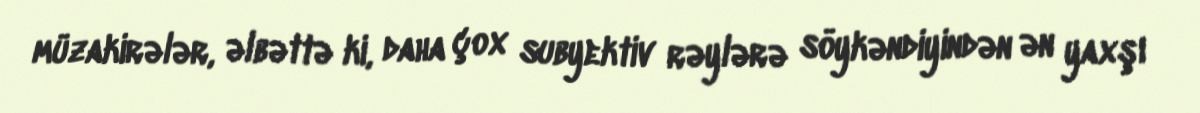
müzakirələr, əlbəttə ki, daha çox subyektiv rəylərə söykəndiyindən ən yaxşı